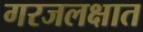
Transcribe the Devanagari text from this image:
गरजलक्षात